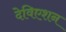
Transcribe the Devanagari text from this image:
देविएशन